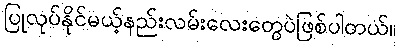
ပြုလုပ်နိုင်မယ့်နည်းလမ်းလေးတွေပဲဖြစ်ပါတယ်။